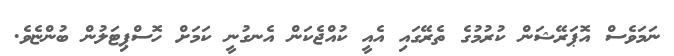
ނަމަވެސް އޮޕަރޭޝަން ކުރުމުގެ ތެރޭގައި އެއީ ކުއްޖެކަން އެނގުނީ ކަމަށް ހޮސްޕިޓަލުން ބުންޏެވެ.